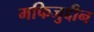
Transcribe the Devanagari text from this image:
मफिजुद्दीन